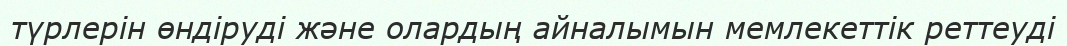
түрлерін өндіруді және олардың айналымын мемлекеттік реттеуді